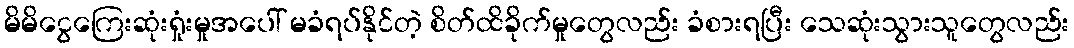
မိမိငွေကြေးဆုံးရှုံးမှုအပေါ် မခံရပ်နိုင်တဲ့ စိတ်ထိခိုက်မှုတွေလည်း ခံစားရပြီး သေဆုံးသွားသူတွေလည်း